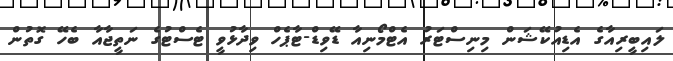
ލައިބީރިއާގެ އެޑިއުކޭޝަން މިނިސްޓަރު އެޓްމޯނިއާ ޑޭވިޑް-ޓާޕެހް ވިދާޅުވީ ޓެސްޓުގެ ނަތީޖާއާ ބެހޭ ގޮތުން